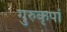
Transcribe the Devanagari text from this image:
गुरुकृपां